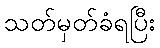
သတ်မှတ်ခံရပြီး